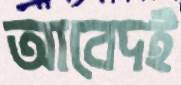
আবেদই